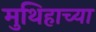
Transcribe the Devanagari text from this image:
मुथिहाच्या